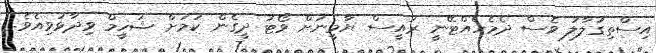
އިސްތިގުލާލު ވެސް ދެމެހެއްޓޭނީ ރައީސް ޔާމީނަށް ވޯޓު ދީގެން ކަމަށް ޝަހީމް ވިދާޅުވިއެވެ.